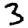
Digit: 3